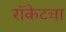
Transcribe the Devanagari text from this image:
रॉकेटचा